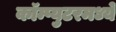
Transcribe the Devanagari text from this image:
कॉम्प्युटरमध्ये